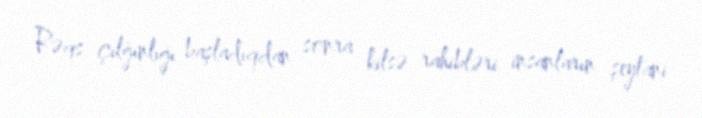
Rəqs çılğınlığı başladıqdan sonra kilsə rahibləri insanların şeytani